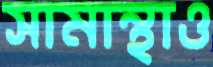
সামান্থাও